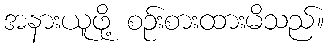
အနားယူဖို့ စဉ်းစားထားမိသည်။